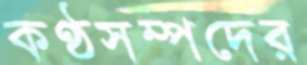
কণ্ঠসম্পদের